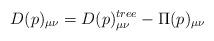
LaTeX: \begin{align*}D(p)_{\mu \nu}=D(p)_{\mu \nu}^{tree}-\Pi(p)_{\mu \nu} \end{align*}